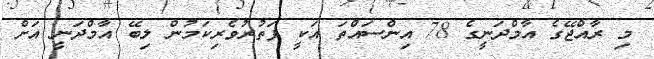
މި ރާއްޖޭގެ އާމްދަނީގެ 78 އިންސައްތަ އަކީ ފަތުރުވެރިކަމުން ލިބޭ އާމްދަނީ އަށް